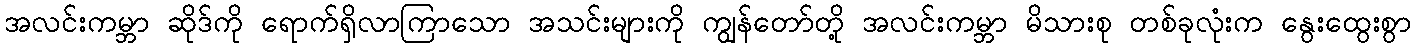
အလင်းကမ္ဘာ ဆိုဒ်ကို ရောက်ရှိလာကြာသော အသင်းများကို ကျွန်တော်တို့ အလင်းကမ္ဘာ မိသားစု တစ်ခုလုံးက နွေးထွေးစွာ